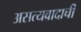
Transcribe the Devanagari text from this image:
असत्यवादाची